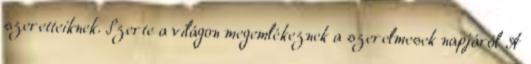
szeretteiknek. Szerte a világon megemlékeznek a szerelmesek napjáról A